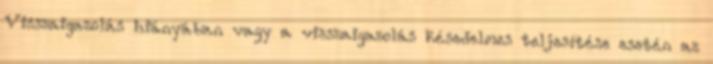
Visszaigazolás hiányában vagy a visszaigazolás késedelmes teljesítése esetén az